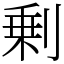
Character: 剰